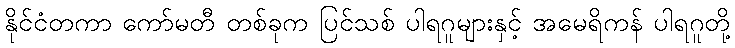
နိုင်ငံတကာ ကော်မတီ တစ်ခုက ပြင်သစ် ပါရဂူများနှင့် အမေရိကန် ပါရဂူတို့